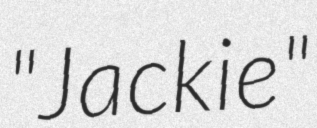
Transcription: "Jackie"